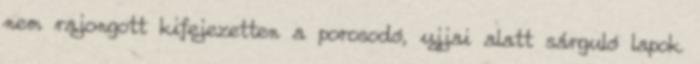
nem rajongott kifejezetten a porosodó, ujjai alatt sárguló lapok